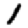
Digit: 1